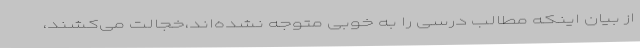
از بیان اینکه مطالب درسی را به خوبی متوجه نشده‌اند،خجالت می‌کشند،